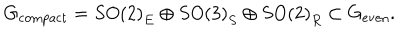
LaTeX: G _ { \mathrm { c o m p a c t } } = S O \left( 2 \right) _ { E } \oplus S O \left( 3 \right) _ { S } \oplus S O \left( 2 \right) _ { R } \subset G _ { \mathrm { e v e n } } .